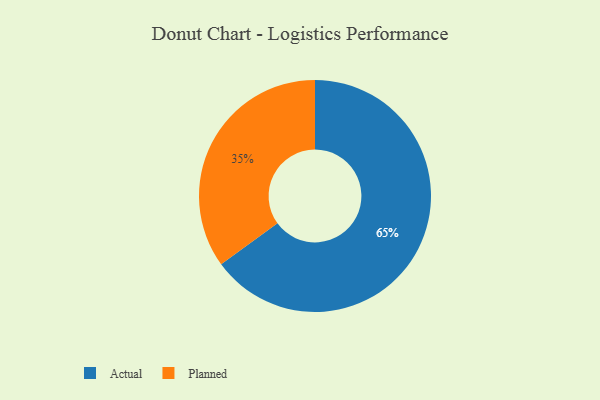
{"axis": {"x": "Category", "y": "Percentage"}, "legend": ["Actual", "Planned"], "data": [{"x": "Planned", "y": 35, "type": "Planned"}, {"x": "Actual", "y": 65, "type": "Actual"}]}